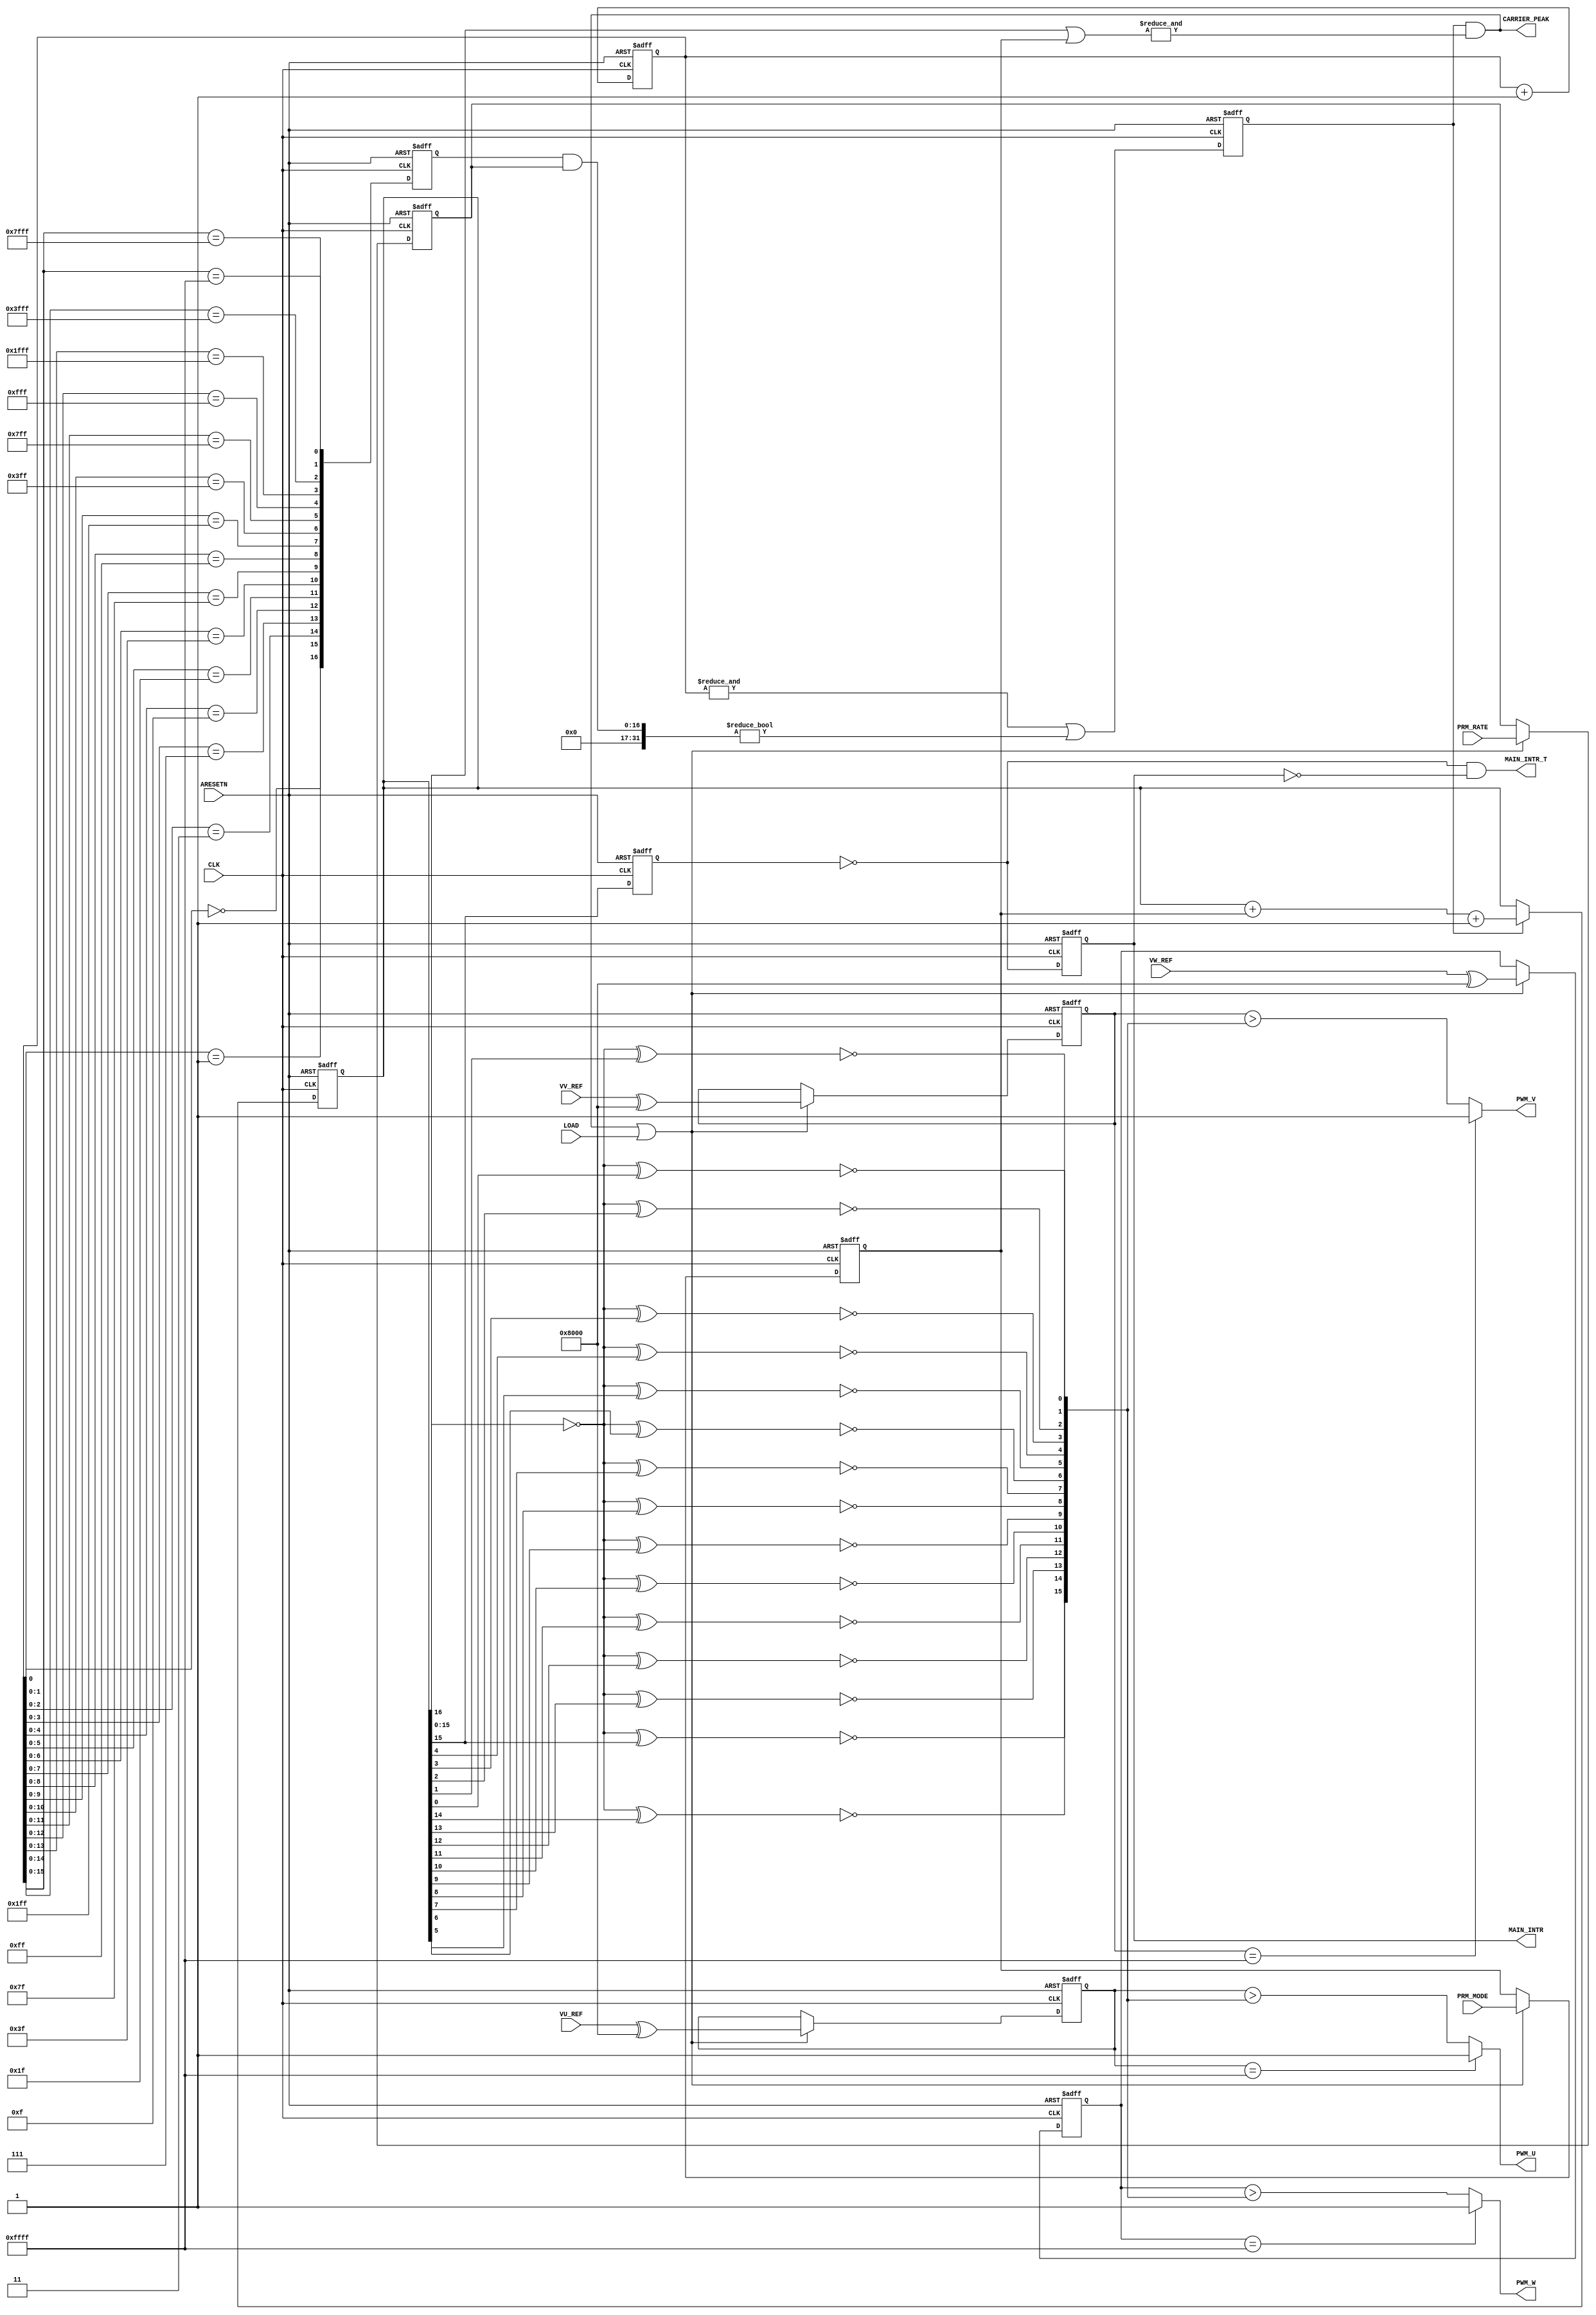
`default_nettype none

module PWM_GENERATOR(
    input wire CLK, 
    input wire ARESETN,
    input wire[15:0] PRM_RATE,
    input wire[7:0] PRM_MODE,
    input wire [15:0] VU_REF,
    input wire [15:0] VV_REF,
    input wire [15:0] VW_REF,
    input wire LOAD,
    output wire PWM_U,
    output wire PWM_V,
    output wire PWM_W,
    output wire CARRIER_PEAK,
    output reg MAIN_INTR,
    output wire MAIN_INTR_T
);

reg         EN_COUNTUP;
reg [16:0]  CARRIER_REF;
reg [16:0]  BASE_RATE;
reg [16:0]  CARRIER_COUNT;
wire [15:0] TRIANGULAR_WAVE;
reg [15:0]  RATE_TMP;
reg [7:0]   MODE_TMP;
reg         INTR_TMP;

reg signed [15:0] VU_TMP, VV_TMP, VW_TMP;

////////////////////////////////////////


always @(posedge CLK or negedge ARESETN) begin
    if (!ARESETN) begin
        CARRIER_REF <= 17'b0;
    end else begin
        CARRIER_REF <= CARRIER_REF + 1;
    end
end

// for upcount carrier counter uniformly rate
always @(posedge CLK or negedge ARESETN) begin
    if (!ARESETN) begin
        BASE_RATE <= 17'b0;
    end else begin
        BASE_RATE[16]   <= (CARRIER_REF[0]    == 1'b0);
        BASE_RATE[15]   <= (CARRIER_REF[1:0]  == 2'b01);
        BASE_RATE[14]   <= (CARRIER_REF[2:0]  == 3'b011);
        BASE_RATE[13]   <= (CARRIER_REF[3:0]  == 4'b0111);
        BASE_RATE[12]   <= (CARRIER_REF[4:0]  == 5'b01111);
        BASE_RATE[11]   <= (CARRIER_REF[5:0]  == 6'b011111);
        BASE_RATE[10]   <= (CARRIER_REF[6:0]  == 7'b0111111);
        BASE_RATE[9]    <= (CARRIER_REF[7:0]  == 8'b01111111);
        BASE_RATE[8]    <= (CARRIER_REF[8:0]  == 9'b011111111);
        BASE_RATE[7]    <= (CARRIER_REF[9:0]  == 10'b0111111111);
        BASE_RATE[6]    <= (CARRIER_REF[10:0] == 11'b01111111111);
        BASE_RATE[5]    <= (CARRIER_REF[11:0] == 12'b011111111111);
        BASE_RATE[4]    <= (CARRIER_REF[12:0] == 13'b0111111111111);
        BASE_RATE[3]    <= (CARRIER_REF[13:0] == 14'b01111111111111);
        BASE_RATE[2]    <= (CARRIER_REF[14:0] == 15'b011111111111111);
        BASE_RATE[1]    <= (CARRIER_REF[15:0] == 16'b0111111111111111);
        BASE_RATE[0]    <= (CARRIER_REF[15:0] == 17'b01111111111111111);
    end
end

always @(posedge CLK or negedge ARESETN) begin
    if (!ARESETN) begin 
        EN_COUNTUP <= 1'b0;
    end
    else begin 
        EN_COUNTUP <= &CARRIER_REF | (BASE_RATE & RATE_TMP) != 0;
    end
end


always @(posedge CLK or negedge ARESETN) begin
    if (!ARESETN) begin
        CARRIER_COUNT <= 17'b0;
    end
    else begin
        if (EN_COUNTUP) begin 
            CARRIER_COUNT <= CARRIER_COUNT + MODE_TMP + 1;
        end
    end
end

// A part of generate triangular waveform.
assign TRIANGULAR_WAVE[15] = !(!CARRIER_COUNT[16] ^ CARRIER_COUNT[15]);
assign TRIANGULAR_WAVE[14] = !(!CARRIER_COUNT[16] ^ CARRIER_COUNT[14]);
assign TRIANGULAR_WAVE[13] = !(!CARRIER_COUNT[16] ^ CARRIER_COUNT[13]);
assign TRIANGULAR_WAVE[12] = !(!CARRIER_COUNT[16] ^ CARRIER_COUNT[12]);
assign TRIANGULAR_WAVE[11] = !(!CARRIER_COUNT[16] ^ CARRIER_COUNT[11]);
assign TRIANGULAR_WAVE[10] = !(!CARRIER_COUNT[16] ^ CARRIER_COUNT[10]);
assign TRIANGULAR_WAVE[9]  = !(!CARRIER_COUNT[16] ^ CARRIER_COUNT[9]);
assign TRIANGULAR_WAVE[8]  = !(!CARRIER_COUNT[16] ^ CARRIER_COUNT[8]);
assign TRIANGULAR_WAVE[7]  = !(!CARRIER_COUNT[16] ^ CARRIER_COUNT[7]);  
assign TRIANGULAR_WAVE[6]  = !(!CARRIER_COUNT[16] ^ CARRIER_COUNT[6]);
assign TRIANGULAR_WAVE[5]  = !(!CARRIER_COUNT[16] ^ CARRIER_COUNT[5]);
assign TRIANGULAR_WAVE[4]  = !(!CARRIER_COUNT[16] ^ CARRIER_COUNT[4]);
assign TRIANGULAR_WAVE[3]  = !(!CARRIER_COUNT[16] ^ CARRIER_COUNT[3]);
assign TRIANGULAR_WAVE[2]  = !(!CARRIER_COUNT[16] ^ CARRIER_COUNT[2]);
assign TRIANGULAR_WAVE[1]  = !(!CARRIER_COUNT[16] ^ CARRIER_COUNT[1]);
assign TRIANGULAR_WAVE[0]  = !(!CARRIER_COUNT[16] ^ CARRIER_COUNT[0]);

assign CARRIER_PEAK =  EN_COUNTUP &  (&(CARRIER_COUNT[15:0] | MODE_TMP));



always @(posedge CLK or negedge ARESETN) begin
    if (!ARESETN) begin
        MAIN_INTR <= 1'b0;
    end
    else begin
        MAIN_INTR <= !INTR_TMP;
    end
end

always @(posedge CLK or negedge ARESETN) begin
    if (!ARESETN) begin
        INTR_TMP <= 1'b0;
    end
    else begin
        INTR_TMP <= CARRIER_COUNT[15];
    end
end

assign MAIN_INTR_T = !INTR_TMP & !MAIN_INTR;





// Compare Voltage_reference and trianglar carrier wave
always @(posedge CLK or negedge ARESETN) begin
    if (!ARESETN) begin
        VU_TMP <= 16'b0;
        VV_TMP <= 16'b0;
        VW_TMP <= 16'b0;
        RATE_TMP <= 16'hFFFF;
        MODE_TMP <= 8'hFF;
    end
    else begin
        if (CARRIER_PEAK | LOAD) begin 
            VU_TMP <= VU_REF ^ 16'h8000;
            VV_TMP <= VV_REF ^ 16'h8000;
            VW_TMP <= VW_REF ^ 16'h8000;
            RATE_TMP <= PRM_RATE;
            MODE_TMP <= PRM_MODE;
        end
    end
end

assign PWM_U = (VU_TMP == 16'hFFFF) ? 1'b1 : (VU_TMP > TRIANGULAR_WAVE);
assign PWM_V = (VV_TMP == 16'hFFFF) ? 1'b1 : (VV_TMP > TRIANGULAR_WAVE);
assign PWM_W = (VW_TMP == 16'hFFFF) ? 1'b1 : (VW_TMP > TRIANGULAR_WAVE);


endmodule

`default_nettype wire